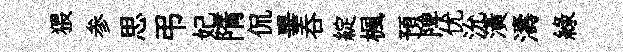
猥参思弔妃隋侃畢呑綻楓預陴优沇潢濤綠